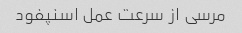
مرسی از سرعت عمل اسنپفود